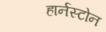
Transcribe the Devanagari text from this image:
हार्नस्टोन